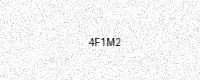
Text: 4F1M2